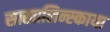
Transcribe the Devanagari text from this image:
साखालिन्स्काया